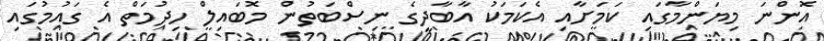
އޮންނަ މިޔަންމާގައި ކަމަށާއި އެކަމަކު އާބާދީގެ ނިސްބަތުން މޮބައިލް ހިދުމަތް އެ ގައުމުގައި